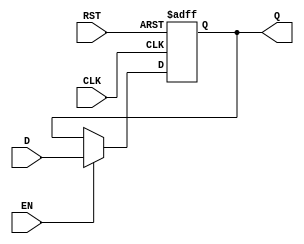
module DataRegister #(
    parameter WIDTH = 8  // Parameter for data width (default is 8 bits)
)(
    input wire [WIDTH-1:0] D,    // Data input
    input wire CLK,               // Clock signal
    input wire RST,               // Asynchronous reset signal
    input wire EN,                // Enable signal
    output reg [WIDTH-1:0] Q      // Data output
);

    // Always block triggered on the rising edge of the clock or the reset signal
    always @(posedge CLK or posedge RST) begin
        if (RST) begin
            Q <= {WIDTH{1'b0}};     // Clear the output to zero on reset
        end else if (EN) begin
            Q <= D;                 // Update output with input data if enabled
        end
    end

endmodule